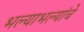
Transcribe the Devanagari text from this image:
भल्याभल्यांचे